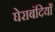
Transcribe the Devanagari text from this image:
घेराबंदियाँ